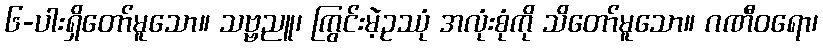
၆-ပါးရှိတော်မူသော။ သဗ္ဗညူ၊ ကြွင်းမဲ့ဥဿုံ အလုံးစုံကို သိတော်မူသော။ ဂဏီဝရော၊